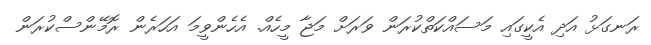
ރަނގަޅު އަދި އެކީގައި މަސައްކަތްކުރަން ވަރަށް މަޖާ މީހެއް. އެހެންވީމަ އަހަރެން ރޮމޭންސްކުރަން